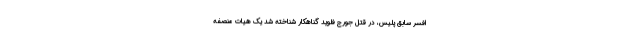
افسر سابق پلیس، در قتل جورج فلوید گناهکار شناخته شد یک هیات منصفه